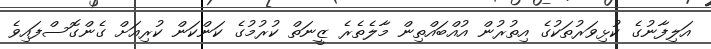
އަލިފާނުގެ ކުޅިވަރުތަކުގެ އިތުރުން އުއްބައްތިން މާލެތެރެ ޒީނަތް ކުރުމުގެ ކަންކަން ކުރިއަށް ގެންގޮސްފައިވެ